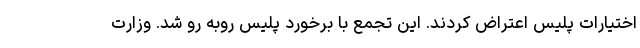
اختیارات پلیس اعتراض کردند. این تجمع با برخورد پلیس روبه رو شد. وزارت